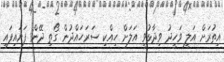
އިތުރަށް އަލީ ވަހީދު ވިދާޅުވީ އަލަށް ހިއްކި ސަރަހައްދުން ގޯތި ދޭން ފަށައިފައި